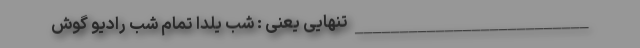
__________________________ تنهایی یعنی : شب یلدا تمام شب رادیو گوش